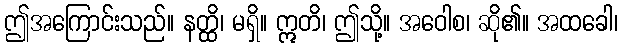
ဤအကြောင်းသည်။ နတ္ထိ၊ မရှိ။ ဣတိ၊ ဤသို့။ အဝေါစ၊ ဆို၏။ အထခေါ၊